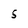
Character: S